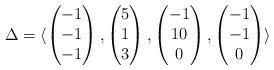
LaTeX: \begin{align*}\Delta = \langle \begin{pmatrix} -1\\-1\\-1 \end{pmatrix}, \begin{pmatrix} 5\\1\\3 \end{pmatrix}, \begin{pmatrix} -1\\10\\0 \end{pmatrix}, \begin{pmatrix} -1\\-1\\0 \end{pmatrix} \rangle\end{align*}